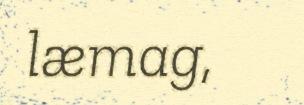
læmag,